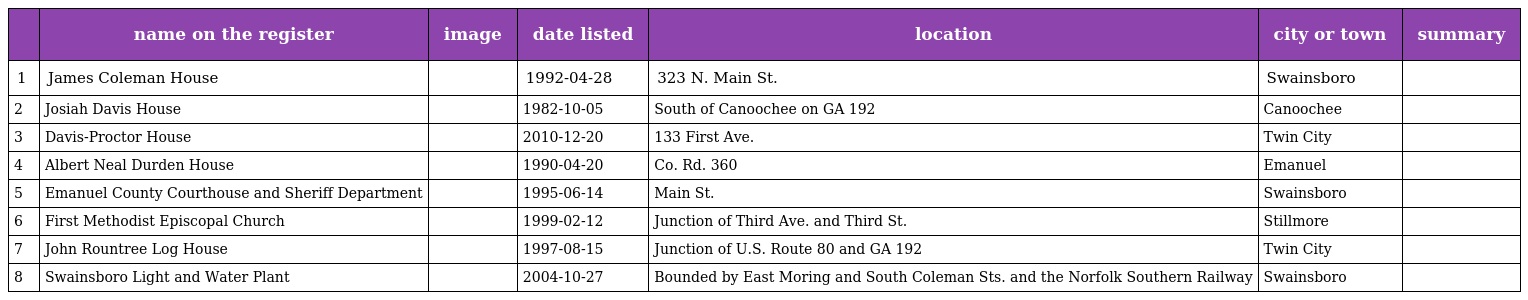
|  | name on the register | image | date listed | location | city or town | summary |
 | --- | --- | --- | --- | --- | --- | --- |
 | 1 | James Coleman House |  | 1992-04-28 | 323 N. Main St. | Swainsboro |  |
 | 2 | Josiah Davis House |  | 1982-10-05 | South of Canoochee on GA 192 | Canoochee |  |
 | 3 | Davis-Proctor House |  | 2010-12-20 | 133 First Ave. | Twin City |  |
 | 4 | Albert Neal Durden House |  | 1990-04-20 | Co. Rd. 360 | Emanuel |  |
 | 5 | Emanuel County Courthouse and Sheriff Department |  | 1995-06-14 | Main St. | Swainsboro |  |
 | 6 | First Methodist Episcopal Church |  | 1999-02-12 | Junction of Third Ave. and Third St. | Stillmore |  |
 | 7 | John Rountree Log House |  | 1997-08-15 | Junction of U.S. Route 80 and GA 192 | Twin City |  |
 | 8 | Swainsboro Light and Water Plant |  | 2004-10-27 | Bounded by East Moring and South Coleman Sts. and the Norfolk Southern Railway | Swainsboro |  |